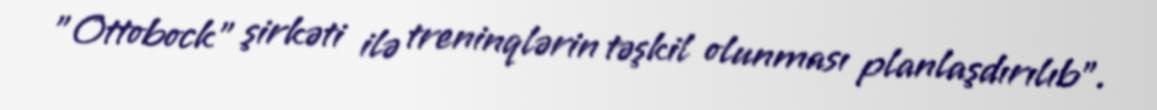
"Ottobock" şirkəti ilə treninqlərin təşkil olunması planlaşdırılıb".